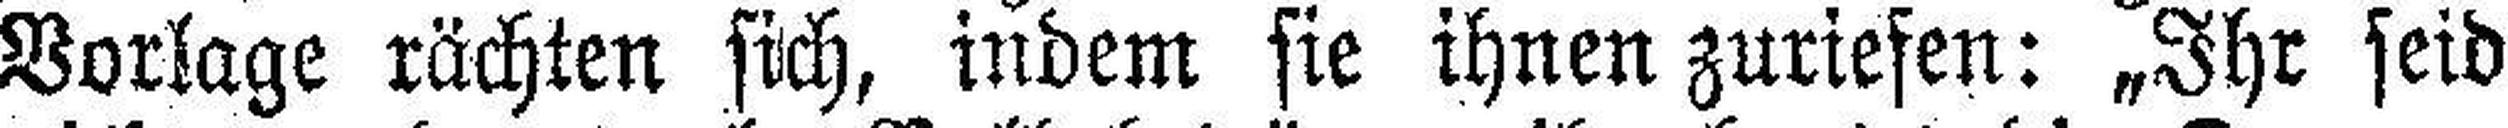
Vorlage rächten sich, indem sie ihnen zuriefen: „Ihr seid